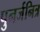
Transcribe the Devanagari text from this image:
पुनर्जनित्र